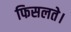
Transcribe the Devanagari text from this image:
फिसलते।